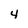
Character: 4